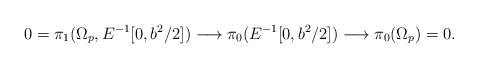
LaTeX: \begin{align*}0=\pi_{1}(\Omega_{p},E^{-1}[0,b^{2}/2])\longrightarrow\pi_{0}(E^{-1}[0,b^{2}/2])\longrightarrow\pi_{0}(\Omega_{p})=0.\end{align*}